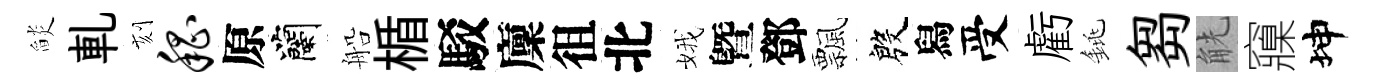
𦦨軋刻嵇原蘭船楯駁廩徂北娥曁鄧飄殷舄受虧銚芻觥䆿坤